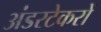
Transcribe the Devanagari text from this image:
अंडरटेकरों